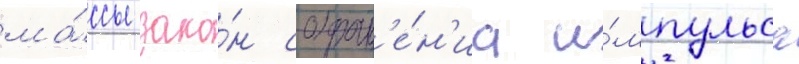
ма́ссы зако́н сохран'е́н'иа и́мпульса